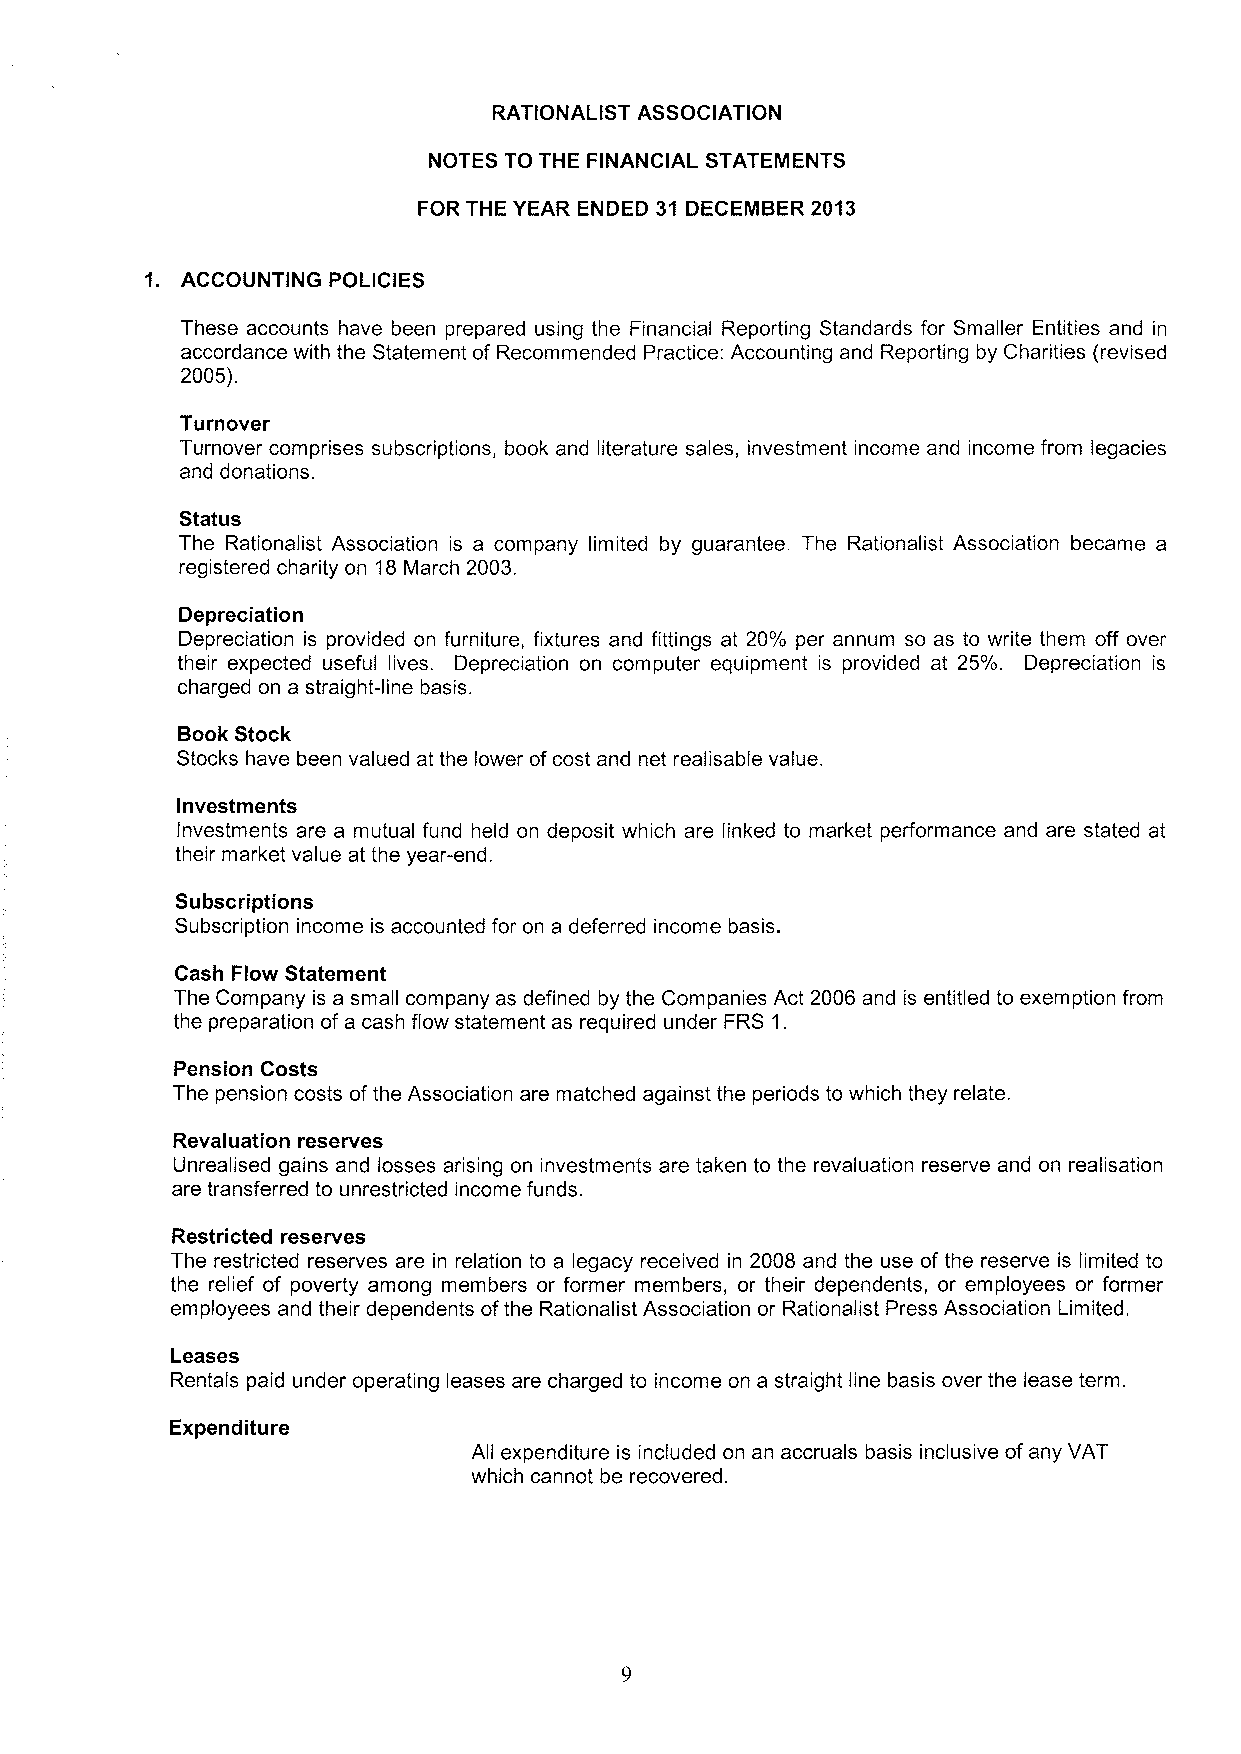
RATIONALIST ASSOCIATION
 NOTES TO THE FINANCIAL STATEMENTS
 FOR THE YEAR ENDED 31 DECEMBER 2013
 1. ACCOUNTING POLICIES
 These accounts have been prepared using the Financial Reporting Standards for Smaller Entities and in
 accordance with the Statement of Recommended Practice: Accounting and Reporting by Charities (revised
 2005).
 Turnover
 Turnover comprises subscriptions, book and literature sales, investment income and income from legacies
 and donations.
 Status
 The Rationalist Association is a company limited by guarantee. The Rationalist Association became a
 registered charity on 18March 2003.
 Depreciation
 Depreciation is provided on furniture, fixtures and fittings at 20% per annum so as to write them off over
 their expected useful lives. Depreciation on computer equipment is provided at 25%. Depreciation is
 charged on a straight-line basis.
 Book Stock
 Stocks have been valued at the lower ofcost and net realisable value.
 Investments
 Investments are a mutual fund held on deposit which are linked to market performance and are stated at
 their market value at the year-end.
 Subscriptions
 Subscription income is accounted for on a deferred income basis.
 Cash Flow Statement
 The Company is a small company as defined by the Companies Act 2006 and is entitled to exemption from
 the preparation of a cash flow statement as required under FRS 1.
 Pension Costs
 The pension costs ofthe Association are matched against the periods to which they relate.
 Revaluation reserves
 Unrealised gains and losses arising on investments are taken to the revaluation reserve and on realisation
 are transferred to unrestricted income funds.
 Restricted reserves
 The restricted reserves are in relation to a legacy received in 2008 and the use of the reserve is limited to
 the relief of poverty among members or former members, or their dependents, or employees or former
 employees and their dependents ofthe Rationalist Association or Rationalist Press Association Limited.
 Leases
 Rentals paid under operating leases are charged to income on a straight line basis over the lease term.
 Expenditure
 All expenditure is included on an accruals basis inclusive of any VAT
 which cannot be recovered.